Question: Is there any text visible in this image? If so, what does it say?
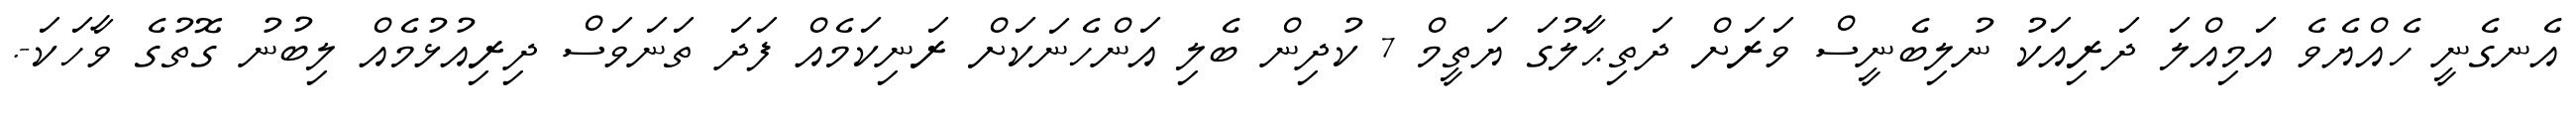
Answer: އެނގެނީ ހެއްޔެވެ އަމިއްލަ ދަރިއަކު ނުލިބެނީސް ވަރަށް ދަތިޙާލުގަ ޔަތީމް 7 ކުދިން ބެލި އަންހެނަކަށް ރަނިކަމެއް ފަދަ ތަނަވަސް ދިރިއުޅުމެއް ލިބުނު ގޮތުގެ ވާހަކަ-.